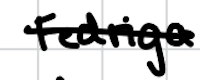
Text: Fedriga
Cross-out: mix
Writing tool: digital_black